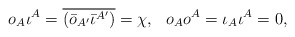
\begin{align*}o_A\iota^A =\overline{(\bar{o}_{A'}\bar{\iota}^{A'})} = \chi, \,\,\,\,o_Ao^A = \iota_A\iota^A = 0,\end{align*}